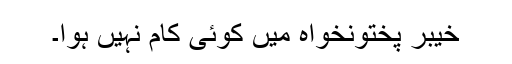
خیبر پختونخواہ میں کوئی کام نہیں ہوا۔